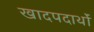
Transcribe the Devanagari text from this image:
खादपदार्थों